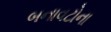
બનાવટોના